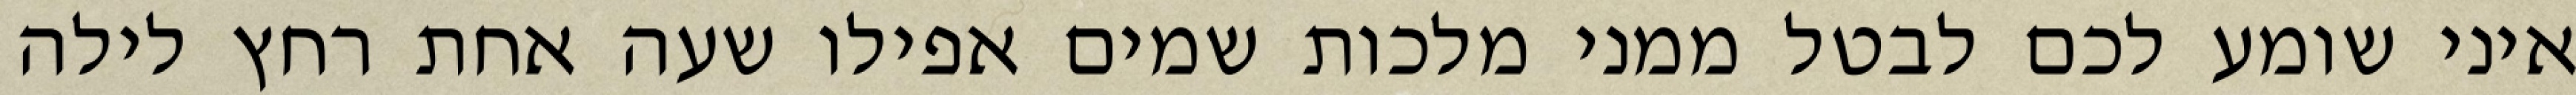
איני שומע לכם לבטל ממני מלכות שמים אפילו שעה אחת רחץ לילה